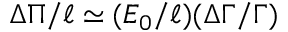
\Delta \Pi / \ell \simeq ( E _ { 0 } / \ell ) ( \Delta \Gamma / \Gamma )